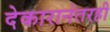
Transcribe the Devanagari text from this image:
देकारानंतरही